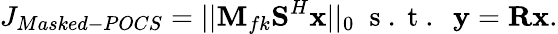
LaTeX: J_{Masked-POCS}=||\textbf{M}_{fk}\textbf{S}^{H}\textbf{x}||_{0}\; \mathrm{~s~.~t~.~}\; \textbf{y}=\textbf{R}\textbf{x}.